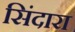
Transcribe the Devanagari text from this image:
सिंदारा